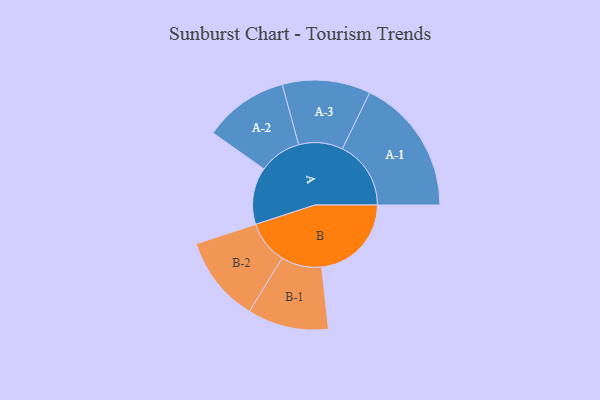
{"axis": {"x": "Segment", "y": "Value"}, "legend": ["", "A", "B"], "data": [{"x": "A", "y": 224, "type": ""}, {"x": "B", "y": 352, "type": ""}, {"x": "A-1", "y": 269, "type": "A"}, {"x": "A-2", "y": 166, "type": "A"}, {"x": "A-3", "y": 173, "type": "A"}, {"x": "B-1", "y": 159, "type": "B"}, {"x": "B-2", "y": 169, "type": "B"}]}